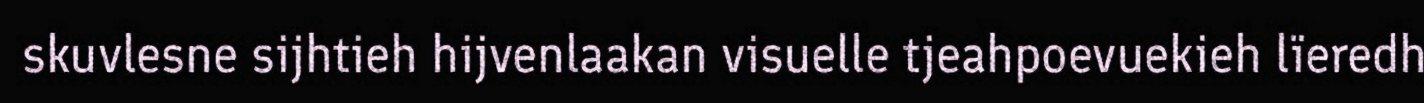
skuvlesne sijhtieh hijvenlaakan visuelle tjeahpoevuekieh lïeredh